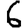
Digit: 6